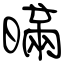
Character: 暪